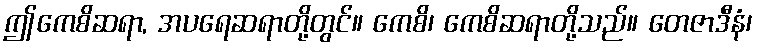
ဤကေစိဆရာ, အပရေဆရာတို့တွင်။ ကေစိ၊ ကေစိဆရာတို့သည်။ တေဇာဒီနံ၊